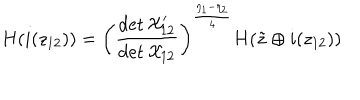
LaTeX: H ( i ( z _ { 1 2 } ) ) = \left( \frac { \det { \cal X } _ { 1 2 } ^ { \prime } } { \det { \cal X } _ { 1 2 } } \right) ^ { \frac { \eta _ { 1 } - \eta _ { 2 } } { 4 } } H ( \tilde { z } \oplus i ( z _ { 1 2 } ) )